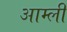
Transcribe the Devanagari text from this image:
आम्ली